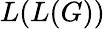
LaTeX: L(L(G))